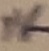
Text: 1K